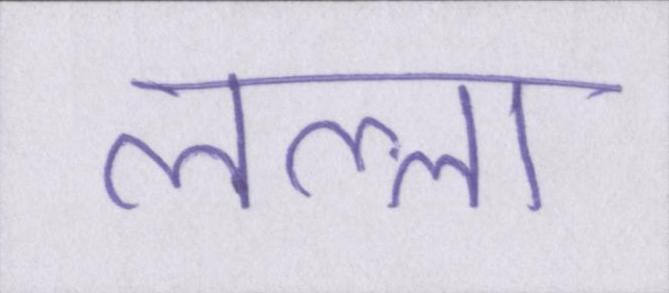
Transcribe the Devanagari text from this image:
लल्ला